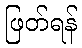
ဖြတ်ရန်